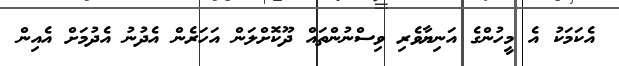
އެކަމަކު އެ މީހުންގެ އަނިޔާވެރި ވިސްނުންތައް ދޫކޮށްލަން އަހަރެން އެދުނު އެދުމަށް އެއިން